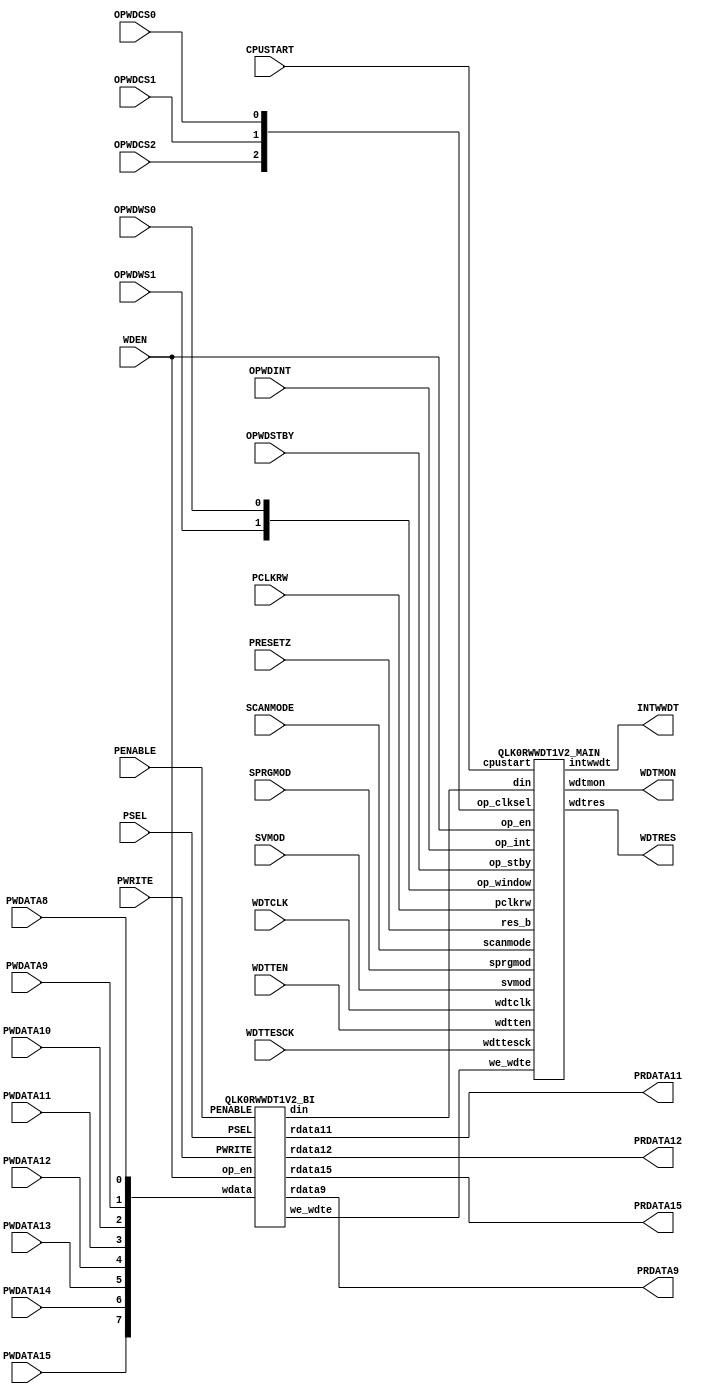
//---------------------------------------------------------------------
//
//      [NEC Electronics Group CONFIDENTIAL]
//      (C) Copyright NEC Electronics Corporation 2008 2009
//      All Rights Reserved. Do not duplicate without prior written
//      consent of NEC Electronics Corporation.
//
//      Macro Name      : QLK0RWWDT1V2
//      Version         : 2.01Beta13
//                        Hisashi.Abe(hisashi.abe@nms.necel.com)
//      History         : 1.20      2008/05/08 CF (qlk0rwwdt1v1_1_mf2.hdl_080508)
//                        2.00Beta1 2009/08/19 Ver2.00 DF for V2.00
//                        mf3_2.00Beta1  2009/10/21 Ver2.00 for MF3
//                        mf3_2.00Beta7  2009/11/13 Ver2.00 for MF3
//                        mf3_2.00Beta8  2009/11/17 WDTCKI(wdtcki)->WDTCLK(wdtclk) chenged. //Y.koga 
//                        mf3_2.00Beta9  2009/11/19 asy_res logic chenged.(glich countermesure) //Y.koga 
//                        mf3_2.00Beta10 2009/11/20 inlvl CS101 count fixed. //Y.koga 
//                        mf3_2.00Beta11 2009/11/24 del. cksel1 in QLK0RWWDT1V2_ASYRES module //Y.koga 
//                        mf3_2.00Beta12 2009/11/24 modi. ASY_RES in SVMOD mode //Y.koga 
//                        mf3_2.00Beta13 2010/06/03 modi. for v2.1  //Y.koga 
//                        mf3_2.00Beta14 2010/08/07 modified by M.minami 
//
//---------------------------------------------------------------------

module QLK0RWWDT1V2 (
	PCLKRW,       // PCLK -> PCLKRW ('10.06.02)
	PRESETZ,
//	PADDR7,			//v1.10 del by M.Hashimoto
//	PADDR6,
//	PADDR5,
//	PADDR4,
//	PADDR3,
//	PADDR2,
//	PADDR1,
//	PADDR0,
	PWDATA15,
	PWDATA14,
	PWDATA13,
	PWDATA12,
	PWDATA11,
	PWDATA10,
	PWDATA9,
	PWDATA8,
	PRDATA15,
//	PRDATA14,///// Beta15 deleted by M.minami in 2010/08/07
//	PRDATA13,///// Beta15 deleted by M.minami in 2010/08/07
	PRDATA12,
	PRDATA11,
//	PRDATA10,///// Beta15 deleted by M.minami in 2010/08/07
	PRDATA9,
//	PRDATA8,///// Beta15 deleted by M.minami in 2010/08/07
	PWRITE,
	PENABLE,
	PSEL,
	WDEN,     //modi. OPWDEN -> WDEN ('10.06.03)
	OPWDCS0,
	OPWDCS1,
	OPWDCS2,
	OPWDWS1,
	OPWDWS0,
	OPWDINT,
	OPWDSTBY,
//	HLTST,          // del. ('10.06.03)
//	STPST,          // del. ('10.06.03)
	CPUSTART,       // add. ('10.06.03)
	SCANMODE,       // add. ('10.06.03)
	SVMOD,
	SPRGMOD,
	WDTRES,
	INTWWDT,
//	OCDMOD,          // add ver1.20 //del.('10.06.21) 

        WDTCLK,          // add ver2.00
        WDTTESCK,        // add ver2.00
        WDTTEN,	         // add ver2.00             
        WDTMON	         // add ver2.00             

	);


input			PCLKRW;      // PCLK -> PCLKRW (V2.1,'10.06.02)
input			PRESETZ;
//input			PADDR7;			//v1.10 del by M.Hashimoto
//input			PADDR6;
//input			PADDR5;
//input			PADDR4;
//input			PADDR3;
//input			PADDR2;
//input			PADDR1;
//input			PADDR0;
input			PWDATA15;
input			PWDATA14;
input			PWDATA13;
input			PWDATA12;
input			PWDATA11;
input			PWDATA10;
input			PWDATA9;
input			PWDATA8;
output			PRDATA15;
//output		PRDATA14;///// Beta15 deleted by M.minami in 2010/08/07
//output		PRDATA13;///// Beta15 deleted by M.minami in 2010/08/07
output			PRDATA12;
output			PRDATA11;
//output		PRDATA10;///// Beta15 deleted by M.minami in 2010/08/07
output			PRDATA9;
//output		PRDATA8;///// Beta15 deleted by M.minami in 2010/08/07
input			PWRITE;
input			PENABLE;
input			PSEL;
input			WDEN;     // modi. OPWDEN -> WDEN ('10.06.03)
input			OPWDCS0;
input			OPWDCS1;
input			OPWDCS2;
input			OPWDWS1;
input			OPWDWS0;
input			OPWDINT;
input			OPWDSTBY;
// input		HLTST;     // del. ('10.06.03)
// input		STPST;     // del. ('10.06.03)
input			CPUSTART;  // add. ('10.06.03)
input			SCANMODE;  // add. ('10.06.03)
input			SVMOD;
input			SPRGMOD;
output			WDTRES;
output			INTWWDT;
// input		OCDMOD;			//v1.20 add  // del. ('10.06.21) 
input                   WDTCLK;                 //add ver2.00
input                   WDTTESCK;               //add ver2.00
input			WDTTEN;         	//add ver2.00
output			WDTMON;         	//add ver2.00

wire	[7:0]  din;
wire           we_wdte ;

wire    [2:0]  opwdcs; 
wire    [1:0]  opwdws; 



QLK0RWWDT1V2_MAIN	main	(
	.din(din[7:0]),
	.we_wdte(we_wdte),
	.res_b(PRESETZ),
//	.cksel1(CKSEL1),
	.scanmode(SCANMODE),   // add. ('10.06.03)
	.cpustart(CPUSTART),   // add. ('10.06.03)
	.svmod(SVMOD),
	.sprgmod(SPRGMOD),
	.pclkrw(PCLKRW),       // PCLK(pclk) -> PCLKRW(pclkrw) ('10.06.02)
//	.op_clksel({OPWDCS2, OPWDCS1, OPWDCS0}),      //for LEDA 
//	.op_window({OPWDWS1, OPWDWS0}),               //for LEDA
        .op_clksel(opwdcs[2:0]),
        .op_window(opwdws[1:0]),
	.op_en(WDEN),         // modi. OPWDEN -> WDEN ('10.06.02)
	.op_int(OPWDINT),
        .op_stby(OPWDSTBY),
//	.hltst(HLTST),        // del. ('10.06.03)
//	.stpst(STPST),        // del. ('10.06.03)
	.wdtres(WDTRES),
//	.int0(INTWWDT),
	.intwwdt(INTWWDT),
//	.ocdmod(OCDMOD),      // del. ('10.06.21)
        .wdtclk(WDTCLK),
        .wdttesck(WDTTESCK),
	.wdtten(WDTTEN),
	.wdtmon(WDTMON)
	) ;


QLK0RWWDT1V2_BI	bi	(
	.rdata15(PRDATA15),
	.rdata12(PRDATA12),
	.rdata11(PRDATA11),
	.rdata9 (PRDATA9),
	.wdata({PWDATA15, PWDATA14, PWDATA13, PWDATA12,
	        PWDATA11, PWDATA10, PWDATA9 , PWDATA8 }
	      ),
//	.addr({PADDR7, PADDR6, PADDR5, PADDR4,			//v1.10 del by M.Hashimoto
//	       PADDR3, PADDR2, PADDR1, PADDR0}
//	     ),
	.PSEL(PSEL),
	.PWRITE(PWRITE),
	.PENABLE(PENABLE),
	.din(din[7:0]),
	.we_wdte(we_wdte),
	.op_en(WDEN)     // modi. OPWDEN -> WDEN ('10.06.03)
	) ;

// clamp PRDATA always low
//assign PRDATA14	= 1'b0;///// Beta15 deleted by M.minami in 2010/08/07
//assign PRDATA13	= 1'b0;///// Beta15 deleted by M.minami in 2010/08/07
//assign PRDATA10	= 1'b0;///// Beta15 deleted by M.minami in 2010/08/07
//assign PRDATA8	= 1'b0;///// Beta15 deleted by M.minami in 2010/08/07

//

assign opwdcs  = {OPWDCS2, OPWDCS1, OPWDCS0};
assign opwdws  = {OPWDWS1, OPWDWS0} ;

endmodule

//===================================================================================================================
//   WWDT0 MAIN BLOCK
//===================================================================================================================

module QLK0RWWDT1V2_MAIN	(
	din,
	we_wdte,
	res_b,
//	cksel1,
	scanmode,    // add. ('10.06.03)
	cpustart,    // add. ('10.06.03)
	svmod,
	sprgmod,
	pclkrw,      // pclk -> pclkrw ('10.06.02)
	op_clksel,
	op_window,
	op_en,
	op_int,
	op_stby,
//	hltst,       // del. ('10.06.03)
//	stpst,       // del. ('10.06.03)
	wdtres,
//	int0,
	intwwdt,
//	ocdmod,          //ver1.20  // del. ('10.06.21)
        wdtclk,          //ver2.00
        wdttesck,        //ver2.00
        wdtten,          //ver2.00
        wdtmon           //ver2.00
	) ;

input	[7:0]	din;
input		we_wdte;
input		res_b;
//input		cksel1;
input		scanmode;   // add. ('10.06.03)
input		cpustart;   // add. ('10.06.03)
input		svmod;
input		sprgmod;
input		pclkrw;     //  pclk -> pclkrw ('10.06.02)
input	[2:0]	op_clksel;
input	[1:0]	op_window;
input		op_en;
input		op_int;
input		op_stby;
//input		hltst;  // del.  ('10.06.03)
//input		stpst;  // del.  ('10.06.03)
//input		ocdmod; // del.  ('10.06.21)
input           wdtclk;
input           wdttesck;
input		wdtten;
output		wdtres;
//output		int0;
output		intwwdt;
output          wdtmon;

reg		counter_clear_m, counter_clear_s;
wire	[16:0]	counter;
reg		ctovf, win_open0, win_open1, win_open0_s, win_open1_s, wdte_next;
reg		err_wdte_access;
reg		intvl;
//wire		int0;
wire		intwwdt;
wire            wdtres;
//wire            scanmode;
wire            pclkrw;    // add. pclkrw ('10.06.02)
wire            pclk;
wire            wdtclk;
wire            wdttesck;
wire            wdtten;
wire            wdtmon;

wire            cksel1;

wire 		ASY_RES, pre_ASY_RES;


//=========  counter async clear by HLTST or STPST (Add by M.Hashimoto)  ============================================

wire			pre_cntclr;
wire			cntclr;
//assign pre_cntclr	= !op_stby & (hltst || stpst);  // del. ('10.06.03)
assign pre_cntclr	= !op_stby & !cpustart ;        // add. ('10.06.03)
assign cntclr		= res_b & (!pre_cntclr | wdtten);

// --- SCAN Moniter For faults coverage
reg	monitor_wwdt;
always @ (posedge wdttesck or negedge res_b) begin  // modi. pclk -> wdttesck ('10.06.03)
	if (!res_b) begin
		monitor_wwdt	<= 1'b0;
	end
	else begin
		monitor_wwdt	<= pre_cntclr ^ pre_ASY_RES ;
	end
end


//=========  module stop by SVMOD or SPRGMOD (Add by M.Hashimoto)  ==================================================

// --- Ver1.10 Addition ---
reg	svmod_wdt;
wire	m_stop_clr;

always @ (negedge cksel1 or negedge res_b) begin
	if (!res_b) begin
		svmod_wdt		<= 1'b0;
	end
	else begin
		svmod_wdt		<= svmod;
	end
end

wire   m_stop;
//assign m_stop	= svmod | sprgmod;

///////////////////////assign m_stop	= svmod_wdt | sprgmod;///// Beta14 modified by M.minami in 2010/08/07
assign m_stop     = svmod | sprgmod;                          ///// Beta14 modified by M.minami in 2010/08/07

// --- Ver1.20 EMS Measures ---
// wire   svmod_ems; // del. ('10.06.21) 
// assign svmod_ems	=  svmod_wdt & ocdmod;  // del. ('10.06.21)
// assign m_stop_clr	=  m_stop | svmod_ems;  // del. ('10.06.21)  
assign m_stop_clr       =  svmod_wdt | sprgmod; ///// Beta14 modified by M.minami in 2010/08/07


// ----------------------------
// del for ver2.00 by abe 
//=========  wdt counter clock signal  ==============================================================================
//
//del by M.Hashimoto
//	assign cksel1 = (tesen | scanmode) ? tclk : (cksel1 & op_en);
//
//Add by M.Hashimoto
//	assign wdclk = cksel1;
//
//===================================================================================================================
//========= ver2.00 counter clock signal ============================================================================

QLK0RWWDT1V2_CLKSEL wdtclksel(.wdtclk(wdtclk), .wdttesck(wdttesck), .wdtten(wdtten), .cksel1(cksel1)); 
QLK0RWWDT1V2_CLKSEL pclksel(.wdtclk(pclkrw), .wdttesck(wdttesck), .wdtten(scanmode), .cksel1(pclk));     // add. for SCAN ('10.06.02)

//=========  wdt counter clear signal  ==============================================================================

        wire counter_clear_x ;
        assign counter_clear_x  = counter_clear_s & cksel1 ;
//
	wire wdte_clr = !res_b | (counter_clear_x & !scanmode);
//	wire wdte_clr = !res_b | (counter_clear_x & !wdtten);

	//synopsys async_set_reset "wdte_clr"
	always @ (posedge pclk or posedge wdte_clr) begin
		if      (wdte_clr)                counter_clear_m <= 1'b0;
		else if (din == 8'hac && we_wdte && (!m_stop)) counter_clear_m <= 1'b1;
	end
	//synopsys async_set_reset "res_b"
	always @ (negedge cksel1 or negedge res_b) begin
		if (!res_b) counter_clear_s <= 1'b0;
		else if (op_en && (!m_stop_clr))	counter_clear_s <= counter_clear_m;		//for power compiler gating -- add by M.hashimoto
	end
//
// del for ver2.00 by abe 
//=========  wdt counter binary counter ===========================================================================================
//
// for modify counter  
//
//        always @ (posedge cksel1 or negedge cntclr) begin
//                if (!cntclr) begin
//                      counter[17:14] <= 4'h0;
//                end
//                else if (op_en && (!m_stop)) begin                      //
//                        if (counter_clear_s) begin
//				counter[17:14] <= 4'h0;
//                        end
//                        else if (counter[13:0]==14'h3FFF)	begin
//				counter[17:14] <= counter[17:14] + 4'h1;
//                        end
//                end
//        end
//
//========  ver2.00 wdt binary counter module ===========================================================

assign wdtmon  = counter[16] & wdtten;

//wire [16:0] wd_cnt = {(~(counter[16:1])),counter[0]^(op_en & (~m_stop))}; 
wire [16:0] wd_cnt = {(~(counter[16:1])),counter[0]^(op_en & (~m_stop_clr))};  // modi. for prevent counter unknown ( m_stop -> m_stop_clr )
wire [16:0] ck_cnt = {(~(counter[15:0])),cksel1};

//wire ASY_RES = cntclr & ~(((op_en & (~m_stop)) & counter_clear_s) & (~cksel1));

//wire ASY_RES, pre_ASY_RES;
//QLK0RWWDT1V2_ASYRES asyres(.cksel1(cksel1),.cntclr(cntclr),.op_en(op_en), .m_stop(m_stop), .counter_clear_s(counter_clear_s),.asy_res(ASY_RES));
//QLK0RWWDT1V2_ASYRES asyres(.cntclr(cntclr),.op_en(op_en), .m_stop(m_stop), .counter_clear_s(counter_clear_s),.asy_res(ASY_RES));
QLK0RWWDT1V2_ASYRES asyres(.cntclr(!pre_cntclr),.op_en(op_en),.counter_clear_s(counter_clear_s),.asy_res(pre_ASY_RES));

//assign	ASY_RES	= (scanmode)? res_b : pre_ASY_RES ;
assign	ASY_RES	= res_b & (pre_ASY_RES | scanmode) ;

QLK0RWWDT1V2_BCNT bcnt0(.bclk(ck_cnt[0]), .bres(ASY_RES), .wd_bcnt(wd_cnt[0]),.bcnt(counter[0]));
QLK0RWWDT1V2_BCNT1 bcnt1(.bclk(ck_cnt[1]), .bres(ASY_RES), .wd_bcnt(wd_cnt[1]),.bcnt(counter[1]), .smode(scanmode), .sclk(wdttesck));
QLK0RWWDT1V2_BCNT1 bcnt2(.bclk(ck_cnt[2]), .bres(ASY_RES), .wd_bcnt(wd_cnt[2]),.bcnt(counter[2]), .smode(scanmode), .sclk(wdttesck));
QLK0RWWDT1V2_BCNT1 bcnt3(.bclk(ck_cnt[3]), .bres(ASY_RES), .wd_bcnt(wd_cnt[3]),.bcnt(counter[3]), .smode(scanmode), .sclk(wdttesck));
QLK0RWWDT1V2_BCNT1 bcnt4(.bclk(ck_cnt[4]), .bres(ASY_RES), .wd_bcnt(wd_cnt[4]),.bcnt(counter[4]), .smode(scanmode), .sclk(wdttesck));
QLK0RWWDT1V2_BCNT1 bcnt5(.bclk(ck_cnt[5]), .bres(ASY_RES), .wd_bcnt(wd_cnt[5]),.bcnt(counter[5]), .smode(scanmode), .sclk(wdttesck));
QLK0RWWDT1V2_BCNT1 bcnt6(.bclk(ck_cnt[6]), .bres(ASY_RES), .wd_bcnt(wd_cnt[6]),.bcnt(counter[6]), .smode(scanmode), .sclk(wdttesck));
QLK0RWWDT1V2_BCNT1 bcnt7(.bclk(ck_cnt[7]), .bres(ASY_RES), .wd_bcnt(wd_cnt[7]),.bcnt(counter[7]), .smode(scanmode), .sclk(wdttesck));
QLK0RWWDT1V2_BCNT1 bcnt8(.bclk(ck_cnt[8]), .bres(ASY_RES), .wd_bcnt(wd_cnt[8]),.bcnt(counter[8]), .smode(scanmode), .sclk(wdttesck));
QLK0RWWDT1V2_BCNT1 bcnt9(.bclk(ck_cnt[9]), .bres(ASY_RES), .wd_bcnt(wd_cnt[9]),.bcnt(counter[9]), .smode(scanmode), .sclk(wdttesck));
QLK0RWWDT1V2_BCNT1 bcnt10(.bclk(ck_cnt[10]), .bres(ASY_RES), .wd_bcnt(wd_cnt[10]),.bcnt(counter[10]), .smode(scanmode), .sclk(wdttesck));
QLK0RWWDT1V2_BCNT1 bcnt11(.bclk(ck_cnt[11]), .bres(ASY_RES), .wd_bcnt(wd_cnt[11]),.bcnt(counter[11]), .smode(scanmode), .sclk(wdttesck));
QLK0RWWDT1V2_BCNT1 bcnt12(.bclk(ck_cnt[12]), .bres(ASY_RES), .wd_bcnt(wd_cnt[12]),.bcnt(counter[12]), .smode(scanmode), .sclk(wdttesck));
QLK0RWWDT1V2_BCNT1 bcnt13(.bclk(ck_cnt[13]), .bres(ASY_RES), .wd_bcnt(wd_cnt[13]),.bcnt(counter[13]), .smode(scanmode), .sclk(wdttesck));
QLK0RWWDT1V2_BCNT1 bcnt14(.bclk(ck_cnt[14]), .bres(ASY_RES), .wd_bcnt(wd_cnt[14]),.bcnt(counter[14]), .smode(scanmode), .sclk(wdttesck));
QLK0RWWDT1V2_BCNT1 bcnt15(.bclk(ck_cnt[15]), .bres(ASY_RES), .wd_bcnt(wd_cnt[15]),.bcnt(counter[15]), .smode(scanmode), .sclk(wdttesck));
QLK0RWWDT1V2_BCNT1 bcnt16(.bclk(ck_cnt[16]), .bres(ASY_RES), .wd_bcnt(wd_cnt[16]),.bcnt(counter[16]), .smode(scanmode), .sclk(wdttesck));

//== QLK0RWWDT0V1 v1.10 modify by K.Baba ==
//== QLK0RWWDT1V2 v2.00 modify by abe    ==
//== ctovf = counter[x] ver2.00 // ver1.20 // ver1.1

	always @(op_clksel or counter) begin
		casex ({op_clksel})
			3'b000  : ctovf = counter[6];//[7]; //[10];
			3'b001  : ctovf = counter[7];//[8]; //[11];
			3'b010  : ctovf = counter[8];//[9]; //[12];
			3'b011  : ctovf = counter[9];//[10]; //[13];
			3'b100  : ctovf = counter[11];//[12]; //[15];
			3'b101  : ctovf = counter[13];//[14]; //[17];
			3'b110  : ctovf = counter[14];//[15]; //[18];
			default : ctovf = counter[16];//[17]; //[20];
		endcase
		casex ({op_clksel})
			3'b000  : win_open1 = counter[5];//[6]; //[9];
			3'b001  : win_open1 = counter[6];//[7]; //[10];
			3'b010  : win_open1 = counter[7];//[8]; //[11];
			3'b011  : win_open1 = counter[8];//[9]; //[12];
			3'b100  : win_open1 = counter[10];//[11]; //[14];
			3'b101  : win_open1 = counter[12];//[13]; //[16];
			3'b110  : win_open1 = counter[13];//[14]; //[17];
			default : win_open1 = counter[15];//[16]; //[19];
		endcase
		casex ({op_clksel})
			3'b000  : win_open0 = counter[4];//[5]; //[8];
			3'b001  : win_open0 = counter[5];//[6]; //[9];
			3'b010  : win_open0 = counter[6];//[7]; //[10];
			3'b011  : win_open0 = counter[7];//[8]; //[11];
			3'b100  : win_open0 = counter[9];//[10]; //[13];
			3'b101  : win_open0 = counter[11];//[12]; //[15];
			3'b110  : win_open0 = counter[12];//[13]; //[16];
			default : win_open0 = counter[14];//[15]; //[18];
		endcase
	end

//Add by M.hashimoto
//=========  interval signal  =======================================================================================
//xx10111xx1 = 75%
//        always @(op_clksel or counter) begin
//		casex (op_clksel)
//			3'b000 : intvl = (counter[ 7:0]	==  8'b01011111);
//			3'b001 : intvl = (counter[ 8:0]	==  9'b010111111);
//			3'b010 : intvl = (counter[ 9:0]	== 10'b0101111111);
//			3'b011 : intvl = (counter[10:0]	== 11'b01011111111);
//			3'b100 : intvl = (counter[12:0]	== 13'b0101111111111);
//			3'b101 : intvl = (counter[14:0]	== 15'b010111111111111);
//			3'b110 : intvl = (counter[15:0]	== 16'b0101111111111111);
//			default : intvl = (counter[17:0]	== 18'b010111111111111111);
//		endcase
//	end
//=========  ver2.00 interval signal  =======================================================================================

        always @(op_clksel or counter) begin
              casex (op_clksel)
                       3'b000 : intvl = (counter[ 6:0] ==  7'b0110000);
                       3'b001 : intvl = (counter[ 7:0] ==  8'b01100000);
                       3'b010 : intvl = (counter[ 8:0] ==  9'b011000000);
                       3'b011 : intvl = (counter[ 9:0] == 10'b0110000000);
                       3'b100 : intvl = (counter[11:0] == 12'b011000000000);
                       3'b101 : intvl = (counter[13:0] == 14'b01100000000000);
                       3'b110 : intvl = (counter[14:0] == 15'b011000000000000);
                      default : intvl = (counter[16:0] == 17'b01100000000000000);
              endcase
      end

//assign int0 = intvl & !cksel1 & op_int & (!m_stop);
//wire  int0_pre = intvl & op_en & op_int & (!m_stop);  // 2009/11/13  add op_en signal
wire  int0_pre = intvl & op_en & op_int & (!sprgmod) ;  // 2010/06/04 modi. for glitch prevention at svmod.

// QLK0RWWDT1V2_INT0 int0(.cksel1(cksel1), .int0_pre(int0_pre),.int0(intwwdt));
//QLK0RWWDT1V2_INT0 int0(.cksel1(cksel1), .int0_pre(int0_pre),.int0(intwwdt),.scanmode(scanmode));  // modi. '10.07.16
QLK0RWWDT1V2_INT0 int0(.cksel1(cksel1), .int0_pre(int0_pre),
                       .int0(intwwdt), .scanmode(scanmode), .svmod_wdt(svmod_wdt));  ///// Beta14 modified by M.minami in 2010/08/07

//del for ver 2.00 by abe
/*
	//synopsys async_set_reset "res_b"
	always @ (posedge cksel1 or negedge res_b) begin
		if (!res_b) begin
			int0	<= 1'b0;
		end
		else if (op_en && op_int && (!m_stop)) begin
			int0	<= intvl;
		end
	end
*/

//=========  wdt reset signal  ======================================================================================
/*
//del for ver2.00 by abe
//win_open0,1wdtclkBASECKwin_open0_s,win_open1_s
//WINDOW=100%WDTEwdte_next

	//synopsys async_set_reset "res_b"
	always @ (posedge pclk or negedge res_b) begin
		if (!res_b) begin
			win_open1_s <= 1'b0;
			win_open0_s <= 1'b0;
		end
		else begin
			win_open1_s <= win_open1;
			win_open0_s <= win_open0;
		end
	end
*/
//----------------------------------------------------------------------------------------------

	//synopsys async_set_reset "res_b"
	always @ (posedge pclk or negedge res_b) begin
		if      (!res_b)  wdte_next <= 1'b0;
		else if (we_wdte && (!m_stop)) wdte_next <= 1'b1;
	end

	//synopsys async_set_reset "res_b"
	always @ (posedge pclk or negedge res_b) begin
		if      ( !res_b ) err_wdte_access <= 1'b0;
		else if (we_wdte && (!m_stop)) begin
			if (din != 8'hac) err_wdte_access <= 1'b1;
			else begin
//				casex ({op_stby, wdte_next, op_window, win_open1_s, win_open0_s}) //OPDWSTBY:1 Window:100%
				casex ({op_stby, wdte_next, op_window, win_open1, win_open0}) //OPDWSTBY:1 Window:100%
					6'b11000x : err_wdte_access <= 1'b1;		//Window = 25%
					6'b110010 : err_wdte_access <= 1'b1;		//Window = 25%
					6'b11010x : err_wdte_access <= 1'b1;		//Window = 50%
					6'b111000 : err_wdte_access <= 1'b1;		//Window = 75%
					default  : err_wdte_access <= err_wdte_access;
				endcase
			end
		end
	end

//del for ver 2.00 by abe
//=========  all reset or  =========================================================================================
//	//synopsys async_set_reset "res_b"
//	always @ (posedge cksel1 or negedge res_b) begin
//		if     (!res_b) wdtres <= 1'b0;
////		else if (op_en) wdtres <= ctovf | err_wdte_access | err_cpu_access;
//		else if (op_en && (!m_stop))	wdtres <= ctovf | err_wdte_access;	//err_cpu_access del by M.hashimoto
//	end
//
//=========  ver 2.00 all reset or  =========================================================================================

//assign int0 = int0_pre & !(cksel1 & !scanmode);  // modi. '10.07.16
assign wdtres = ( ctovf | err_wdte_access) & (op_en & (~m_stop_clr));///// Beta14 modified by M.minami in 2010/08/07

endmodule

//====================================================================
// INT0 OUTPUT
//====================================================================


//module QLK0RWWDT1V2_INT0(cksel1,int0_pre,int0,scanmode); // add. scanmode '10.07.16
module QLK0RWWDT1V2_INT0(cksel1,int0_pre,int0,scanmode, svmod_wdt); ///// Beta14 modified by M.minami in 2010/08/07
input   cksel1;
input   int0_pre;
input   scanmode;
input   svmod_wdt;

output  int0;

wire int0;

//////////assign int0 = int0_pre & !(cksel1 & !scanmode);  // modi. '10.07.16
assign int0 = int0_pre & ((!cksel1) | scanmode | svmod_wdt);  ///// Beta14 modified by M.minami in 2010/08/07

endmodule

//====================================================================
// ASY_RES
//====================================================================

//module QLK0RWWDT1V2_ASYRES(cntclr,op_en,m_stop,counter_clear_s,asy_res);
module QLK0RWWDT1V2_ASYRES(cntclr,op_en,counter_clear_s,asy_res);
input   cntclr;
input   op_en;
// input   m_stop;
input   counter_clear_s;
output  asy_res;

wire asy_res;

// assign asy_res = cntclr & ~(((op_en & (~m_stop)) & counter_clear_s) & (~cksel1));
// assign asy_res = cntclr & (((op_en & (~m_stop)) & ~(counter_clear_s)));
assign asy_res = cntclr & (op_en  & (~counter_clear_s));   // '09.11.24 Beta12


endmodule


//====================================================================
// BINARY COUNTER
//====================================================================

module QLK0RWWDT1V2_BCNT1(bclk,bres,wd_bcnt,bcnt,smode,sclk);	// add 20100604
input  bclk;
input  bres;
input  wd_bcnt;
input	smode, sclk ;
output bcnt;

reg    bcnt;

wire	bclk_scan;

assign	bclk_scan = (smode)? sclk : bclk ;

always@(posedge bclk_scan or negedge bres)begin
  if(!bres)begin
    bcnt <= 1'b0;
  end
  else begin 
    bcnt <= wd_bcnt;

  end
end

endmodule

module QLK0RWWDT1V2_BCNT(bclk,bres,wd_bcnt,bcnt);
input  bclk;
input  bres;
input  wd_bcnt;
output bcnt;

reg    bcnt;

always@(posedge bclk or negedge bres)begin
  if(!bres)begin
    bcnt <= 1'b0;
  end
  else begin 
    bcnt <= wd_bcnt;

  end
end

endmodule

//===================================================================
//  WWDT CKSEL module
//===================================================================

module QLK0RWWDT1V2_CLKSEL(wdtclk,wdttesck,wdtten,cksel1);
input  wdtclk;
input  wdttesck;
input  wdtten;
output cksel1;

wire cksel1;

assign cksel1 = wdtten ? wdttesck:wdtclk;

endmodule 

//===================================================================================================================
//  WWDT0 BI BLOCK
//===================================================================================================================

//-- add by M.Hashimoto
module	QLK0RWWDT1V2_BI	(
		rdata15,
		rdata12,
		rdata11,
		rdata9,
		wdata,
//		addr,			//v1.10 del by M.Hashimoto
		PSEL,
		PWRITE,
		PENABLE,
		din,
		we_wdte,
		op_en
				) ;

output			rdata15;
output			rdata12;
output			rdata11;
output			rdata9;
input	[7:0]	wdata;
//input	[7:0]	addr;			//v1.10 del by M.Hashimoto
input			PSEL;
input			PWRITE;
input			PENABLE;
output	[7:0]	din;
output			we_wdte;
input			op_en;


//wire			ad_wdte ;			//v1.10 del by M.Hashimoto
wire			rd_en ;
wire			sel_wdte ;

assign sel_wdte	= PSEL;

//========== assign write strobe ====================================================================================

assign we_wdte	= (sel_wdte && PWRITE && PENABLE);

//========== assign bus output driver ===============================================================================

//  sfrbus Read/Write control


//add by M.Hashimoto
assign rd_en	= ((!PWRITE) && PENABLE && sel_wdte);

//WDTE read = 9AH or 1AH
//divide data bus for inner clamp deleted & top clamped when design compiler
assign rdata15	= rd_en & op_en;
assign rdata12	= rd_en;
assign rdata11	= rd_en;
assign rdata9	= rd_en;

assign din	= wdata;		//odd address

endmodule